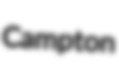
Campton